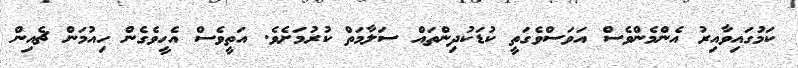
ކަމުގައިވާއިރު އެންމެންވެސް އަވަސްވެގަތީ ކުޑަކުދިންތައް ސަލާމަތް ކުރުމަށެވެ. އަތީވެސް އެހީވެގެން ހިއުމަން ޗެއިން